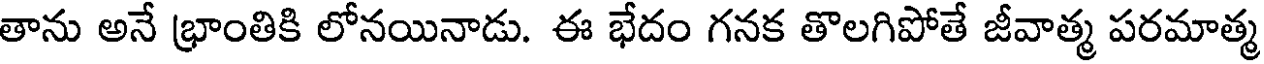
తాను అనే భ్రాంతికి లోనయినాడు. ఈ భేదం గనక తొలగిపోతే జీవాత్మ పరమాత్మ